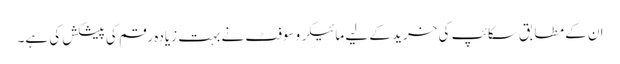
ان کے مطابق سکائپ کی خرید کے لیے مائیکروسوفٹ نے بہت زیادہ رقم کی پیشکش کی ہے۔